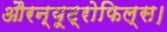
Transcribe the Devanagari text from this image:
औरन्यूट्रोफिल्स।